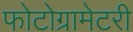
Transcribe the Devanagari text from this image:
फोटोग्रामेटरी